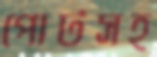
পোর্টসহ